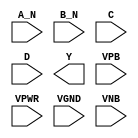
/**
 * Copyright 2020 The SkyWater PDK Authors
 *
 * Licensed under the Apache License, Version 2.0 (the "License");
 * you may not use this file except in compliance with the License.
 * You may obtain a copy of the License at
 *
 *     https://www.apache.org/licenses/LICENSE-2.0
 *
 * Unless required by applicable law or agreed to in writing, software
 * distributed under the License is distributed on an "AS IS" BASIS,
 * WITHOUT WARRANTIES OR CONDITIONS OF ANY KIND, either express or implied.
 * See the License for the specific language governing permissions and
 * limitations under the License.
 *
 * SPDX-License-Identifier: Apache-2.0
 */

`ifndef SKY130_FD_SC_HD__NAND4BB_PP_SYMBOL_V
`define SKY130_FD_SC_HD__NAND4BB_PP_SYMBOL_V

/**
 * nand4bb: 4-input NAND, first two inputs inverted.
 *
 * Verilog stub (with power pins) for graphical symbol definition
 * generation.
 *
 * WARNING: This file is autogenerated, do not modify directly!
 */

`timescale 1ns / 1ps
`default_nettype none

(* blackbox *)
module sky130_fd_sc_hd__nand4bb (
    //# {{data|Data Signals}}
    input  A_N ,
    input  B_N ,
    input  C   ,
    input  D   ,
    output Y   ,

    //# {{power|Power}}
    input  VPB ,
    input  VPWR,
    input  VGND,
    input  VNB
);
endmodule

`default_nettype wire
`endif  // SKY130_FD_SC_HD__NAND4BB_PP_SYMBOL_V